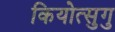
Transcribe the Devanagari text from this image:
कियोत्सुगु